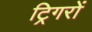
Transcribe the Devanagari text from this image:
ट्रिगरों